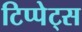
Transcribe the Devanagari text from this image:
टिप्‍पेट्स